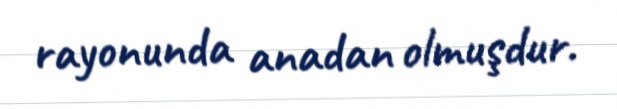
rayonunda anadan olmuşdur.